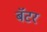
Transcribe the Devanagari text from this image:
बॅटर